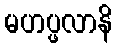
မဟပ္ဖလာနိ